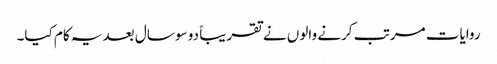
روایات مرتب کرنے والوں نے تقریباً دو سو سال بعد یہ کام کیا۔